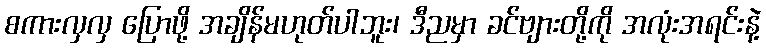
စကားလှလှ ပြောဖို့ အချိန်မဟုတ်ပါဘူး၊ ဒီညမှာ ခင်ဗျားတို့ကို အလုံးအရင်းနဲ့